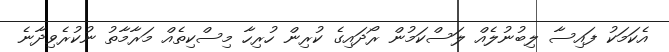
އެކަމަކު ފައިސާ ލިބުނުލެއް ލަސްކަމުން ރޯދައިގެ ކުރިން ހުރިހާ މިސްކިތެއް މަރާމާތު ނުކުރެވިދާނެ